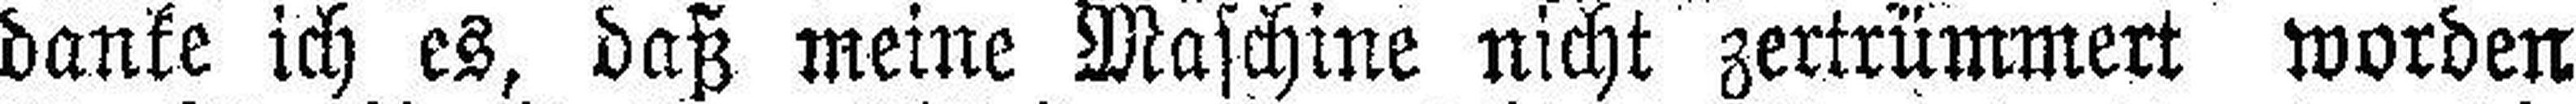
danke ich es, daß meine Maschine nicht zertrümmert worden